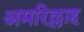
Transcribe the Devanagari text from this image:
अमरिल्लाह